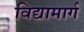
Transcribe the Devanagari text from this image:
विद्यामार्ग